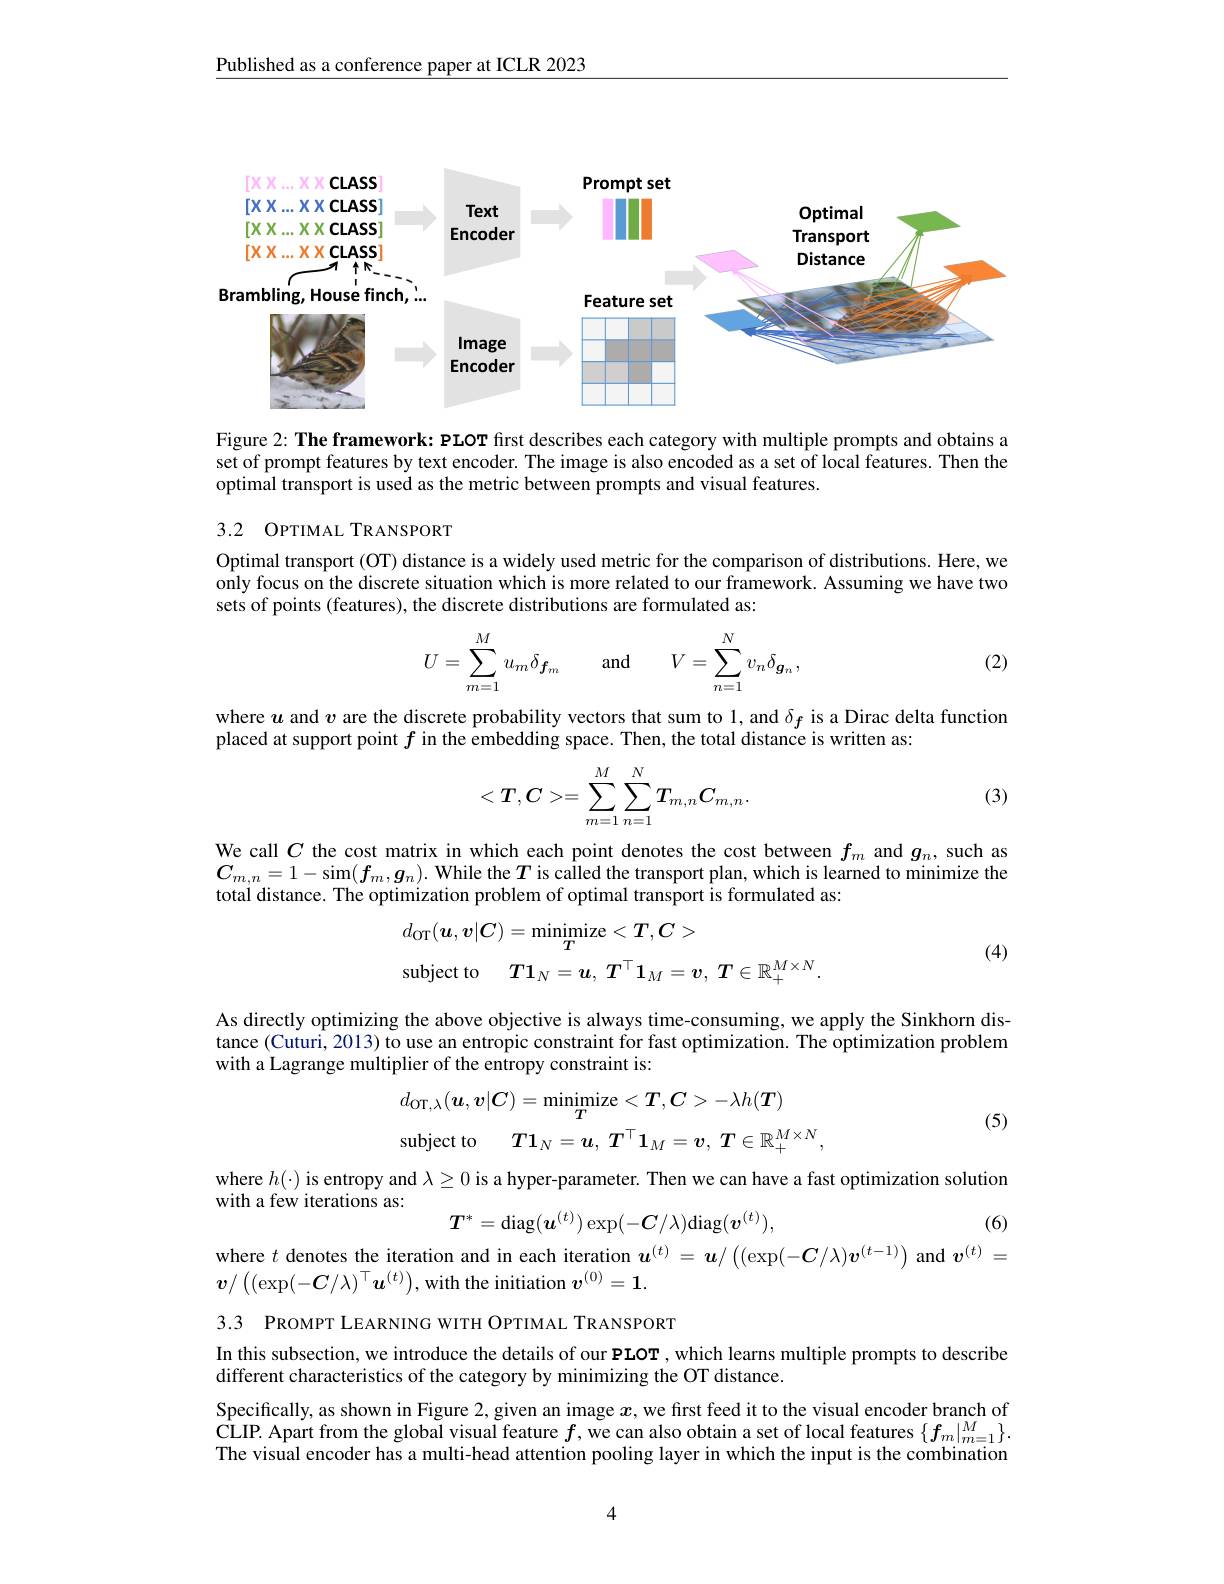
Published as a conference paper at ICLR 2023

<FigureHere>

Figure 2: The framework: PLOT first describes each category with multiple prompts and obtains a set of prompt features by text encoder. The image is also encoded as a set of local features. Then the optimal transport is used as the metric between prompts and visual features.

## 3.2 OPTIMAL TRANSPORT

Optimal transport (OT) distance is a widely used metric for the comparison of distributions. Here, we only focus on the discrete situation which is more related to our framework. Assuming we have two sets of points (features), the discrete distributions are formulated as:

(2)
$$U=\sum_{m=1}^Mu_m\delta_{\boldsymbol{f}_m}\quad\text{and}\quad V=\sum_{n=1}^Nv_n\delta_{\boldsymbol{g}_n},$$
where $u$ and $v$ are the discrete probability vectors that sum to 1, and $\delta_f$ is a Dirac delta function
placed at support point $f$ in the embedding space. Then, the total distance is written as:

(3)
$$<T,C>=\sum_{m=1}^M\sum_{n=1}^NT_{m,n}C_{m,n}.$$
We call $C$ the cost matrix in which each point denotes the cost between $f_m$ and $g_n$, such as $C_{m,n}=1-\sin(\boldsymbol{f}_m,\boldsymbol{g}_n).$ While the $\boldsymbol{T}$ is called the transport plan, which is learned to minimize the total distance. The optimization problem of optimal transport is formulated as:
$$\begin{aligned}&d_{\mathrm{OT}}(\boldsymbol{u},\boldsymbol{v}|\boldsymbol{C})=\underset{T}{\operatorname*{minimize}}<T,\boldsymbol{C}>\\&\mathrm{subject~to}\quad T\mathbf{1}_{N}=\boldsymbol{u},\:\boldsymbol{T}^{\top}\mathbf{1}_{M}=\boldsymbol{v},\:\boldsymbol{T}\in\mathbb{R}_{+}^{M\times N}.\end{aligned}$$
(4)

As directly optimizing the above objective is always time-consuming, we apply the Sinkhorn distance (Cuturi, 2013) to use an entropic constraint for fast optimization. The optimization problem with a Lagrange multiplier of the entropy constraint is:
$$\begin{aligned}&d_{\mathrm{OT},\lambda}(\boldsymbol{u},\boldsymbol{v}|\boldsymbol{C})=\underset{\boldsymbol{T}}{\operatorname*{minimize}}<\boldsymbol{T},\boldsymbol{C}>-\lambda h(\boldsymbol{T})\\&\mathrm{subject~to}\quad T\mathbf{1}_{N}=\boldsymbol{u},\:\boldsymbol{T}^{\top}\mathbf{1}_{M}=\boldsymbol{v},\:\boldsymbol{T}\in\mathbb{R}_{+}^{M\times N},\end{aligned}$$
(5)

$\begin{array}{l}\mathrm{where~}h(\cdot)\text{ is entropy and }\lambda\geq0\text{ is a hyper-parameter. Then we can have a fast optimization solutior}\\\mathrm{with~a~few~iterations~as:}\end{array}$
$$T^*=\mathrm{diag}(\boldsymbol{u}^{(t)})\exp(-\boldsymbol{C}/\lambda)\mathrm{diag}(\boldsymbol{v}^{(t)}),$$
(6)

where $t$ denotes the iteration and in each iteration $u^{(t)}=u/\left((\exp(-\boldsymbol{C}/\lambda)\boldsymbol{v}^{(t-1)})\right.$ and $\boldsymbol v^{(t)}=$

$v/\left((\exp(-\boldsymbol{C}/\lambda)^\top\boldsymbol{u}^{(t)}\right)$, with the initiation $v^(0)=1.$

In this subsection, we introduce the details of our PLOT , which learns multiple prompts to describe
different characteristics of the category by minimizing the OT distance.

3.3 PROMPT LEARNING WITH OPTIMAL TRANSPORT
Specifically, as shown in Figure 2, given an image $x$, we first feed it to the visual encoder branch of $\begin{array}{l}{\hat{\text{CLIP. Apart from the global visual feature }f,\text{we can also obtain a set of local features }\{f_{m}|_{m=1}^{M}\}.}\\{\text{The visual encoder has a multi-head attention pooling layer in which the input is the combination}}\end{array}}\left\{f_{m}|_{m=1}^{M}\right\}.$

4